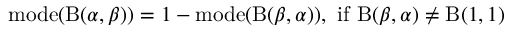
\operatorname { m o d e } ( \mathrm { B } ( \alpha , \beta ) ) = 1 - \operatorname { m o d e } ( \mathrm { B } ( \beta , \alpha ) ) , { \mathrm { ~ i f ~ } } \mathrm { B } ( \beta , \alpha ) \neq \mathrm { B } ( 1 , 1 )